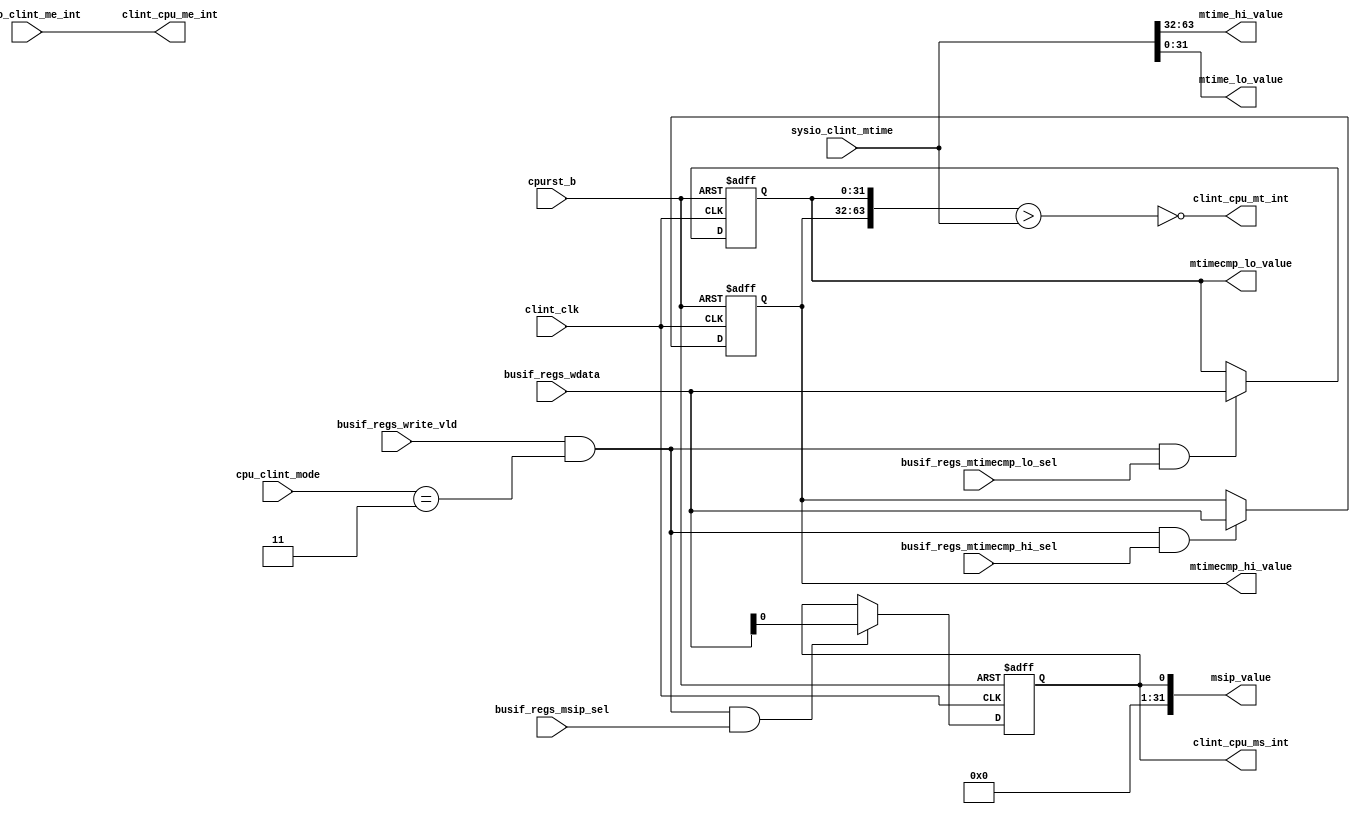
/*Copyright 2020-2021 T-Head Semiconductor Co., Ltd.

Licensed under the Apache License, Version 2.0 (the "License");
you may not use this file except in compliance with the License.
You may obtain a copy of the License at

    http://www.apache.org/licenses/LICENSE-2.0

Unless required by applicable law or agreed to in writing, software
distributed under the License is distributed on an "AS IS" BASIS,
WITHOUT WARRANTIES OR CONDITIONS OF ANY KIND, either express or implied.
See the License for the specific language governing permissions and
limitations under the License.
*/
module pa_clint_regs(
  busif_regs_msip_sel,
  busif_regs_mtimecmp_hi_sel,
  busif_regs_mtimecmp_lo_sel,
  busif_regs_wdata,
  busif_regs_write_vld,
  clint_clk,
  clint_cpu_me_int,
  clint_cpu_ms_int,
  clint_cpu_mt_int,
  cpu_clint_mode,
  cpurst_b,
  msip_value,
  mtime_hi_value,
  mtime_lo_value,
  mtimecmp_hi_value,
  mtimecmp_lo_value,
  sysio_clint_me_int,
  sysio_clint_mtime
);

// &Ports; @23
input           busif_regs_msip_sel;       
input           busif_regs_mtimecmp_hi_sel; 
input           busif_regs_mtimecmp_lo_sel; 
input   [31:0]  busif_regs_wdata;          
input           busif_regs_write_vld;      
input           clint_clk;                 
input   [1 :0]  cpu_clint_mode;            
input           cpurst_b;                  
input           sysio_clint_me_int;        
input   [63:0]  sysio_clint_mtime;         
output          clint_cpu_me_int;          
output          clint_cpu_ms_int;          
output          clint_cpu_mt_int;          
output  [31:0]  msip_value;                
output  [31:0]  mtime_hi_value;            
output  [31:0]  mtime_lo_value;            
output  [31:0]  mtimecmp_hi_value;         
output  [31:0]  mtimecmp_lo_value;         

// &Regs; @24
reg             msip_en;                   
reg     [31:0]  mtimecmp_hi;               
reg     [31:0]  mtimecmp_lo;               

// &Wires; @25
wire            busif_regs_msip_sel;       
wire            busif_regs_mtimecmp_hi_sel; 
wire            busif_regs_mtimecmp_lo_sel; 
wire    [31:0]  busif_regs_wdata;          
wire            busif_regs_write_vld;      
wire            clint_clk;                 
wire            clint_cpu_me_int;          
wire            clint_cpu_ms_int;          
wire            clint_cpu_mt_int;          
wire    [1 :0]  cpu_clint_mode;            
wire            cpu_is_m_mode;             
wire            cpurst_b;                  
wire            mregs_write_vld;           
wire    [31:0]  msip_value;                
wire    [31:0]  mtime_hi_value;            
wire    [31:0]  mtime_lo_value;            
wire    [31:0]  mtimecmp_hi_value;         
wire    [31:0]  mtimecmp_lo_value;         
wire            sysio_clint_me_int;        
wire    [63:0]  sysio_clint_mtime;         


parameter CPU_M_MODE = 2'b11;

//==========================================================
//                       Write Ctrl
//==========================================================
assign cpu_is_m_mode = cpu_clint_mode[1:0] == CPU_M_MODE;

assign mregs_write_vld = busif_regs_write_vld && cpu_is_m_mode;

//==========================================================
//                         Regs
//==========================================================
//----------------- MSIP ---------------
always @ (posedge clint_clk or negedge cpurst_b)
begin
  if (!cpurst_b)
    msip_en <= 1'b0;
  else if (mregs_write_vld && busif_regs_msip_sel)
    msip_en <= busif_regs_wdata[0];
  else
    msip_en <= msip_en;
end
assign msip_value[31:0] = {31'b0, msip_en};


//------------- MTIMECMP_LO ------------
always @ (posedge clint_clk or negedge cpurst_b)
begin
  if (!cpurst_b)
    mtimecmp_lo[31:0] <= 32'hffffffff;
  else if (mregs_write_vld && busif_regs_mtimecmp_lo_sel)
    mtimecmp_lo[31:0] <= busif_regs_wdata[31:0];
  else
    mtimecmp_lo[31:0] <= mtimecmp_lo[31:0];
end
assign mtimecmp_lo_value[31:0] = mtimecmp_lo[31:0];


//------------- MTIMECMP_HI ------------
always @ (posedge clint_clk or negedge cpurst_b)
begin
  if (!cpurst_b)
    mtimecmp_hi[31:0] <= 32'hffffffff;
  else if (mregs_write_vld && busif_regs_mtimecmp_hi_sel)
    mtimecmp_hi[31:0] <= busif_regs_wdata[31:0];
  else
    mtimecmp_hi[31:0] <= mtimecmp_hi[31:0];
end
assign mtimecmp_hi_value[31:0] = mtimecmp_hi[31:0];


//--------------- MTIME_LOW ------------
assign mtime_lo_value[31:0] = sysio_clint_mtime[31:0];

//--------------- MTIME_HI -------------
assign mtime_hi_value[31:0] = sysio_clint_mtime[63:32];


//==========================================================
//                   CLINT Output Signal
//==========================================================
assign clint_cpu_ms_int = msip_en;
assign clint_cpu_mt_int = !({mtimecmp_hi[31:0], mtimecmp_lo[31:0]}
                           > sysio_clint_mtime[63:0]);
assign clint_cpu_me_int = sysio_clint_me_int;

// &ModuleEnd; @93
endmodule